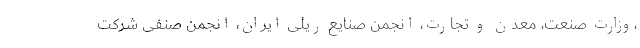
،وزارت صنعت، معدن و تجارت، انجمن صنایع ریلی ایران، انجمن صنفی شرکت‌